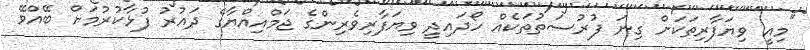
"މިއީ ވިޔަފާރިތަކަށް ގިނަ ފުރުސަތުތަކެއް ހޯދައިދީ ވިޔަފާރިވެރިންގެ ޖަމްއިއްޔާގެ ދައުރު ފުޅާކުރުމަށް ބޭއްވޭ